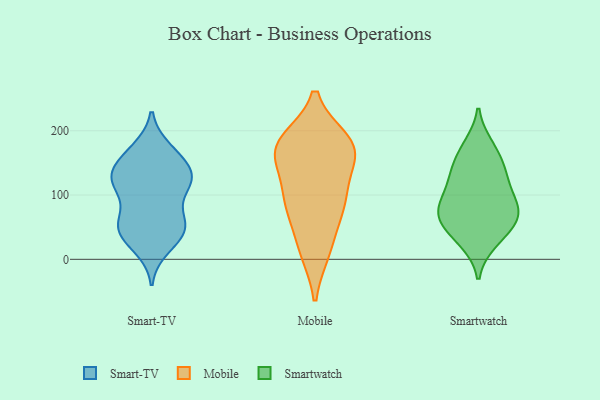
{"axis": {"x": "Bounce Rate (%)", "y": "Value"}, "legend": ["Mobile", "Smart-TV", "Smartwatch"], "data": [{"x": "", "y": 50, "type": "Smart-TV"}, {"x": "", "y": 112, "type": "Smart-TV"}, {"x": "", "y": 122, "type": "Smart-TV"}, {"x": "", "y": 111, "type": "Smart-TV"}, {"x": "", "y": 164, "type": "Smart-TV"}, {"x": "", "y": 127, "type": "Smart-TV"}, {"x": "", "y": 134, "type": "Smart-TV"}, {"x": "", "y": 44, "type": "Smart-TV"}, {"x": "", "y": 18, "type": "Smart-TV"}, {"x": "", "y": 47, "type": "Smart-TV"}, {"x": "", "y": 64, "type": "Smart-TV"}, {"x": "", "y": 163, "type": "Smart-TV"}, {"x": "", "y": 129, "type": "Smart-TV"}, {"x": "", "y": 52, "type": "Smart-TV"}, {"x": "", "y": 171, "type": "Smart-TV"}, {"x": "", "y": 63, "type": "Smart-TV"}, {"x": "", "y": 142, "type": "Smart-TV"}, {"x": "", "y": 30, "type": "Smart-TV"}, {"x": "", "y": 115, "type": "Smart-TV"}, {"x": "", "y": 87, "type": "Mobile"}, {"x": "", "y": 173, "type": "Mobile"}, {"x": "", "y": 84, "type": "Mobile"}, {"x": "", "y": 102, "type": "Mobile"}, {"x": "", "y": 170, "type": "Mobile"}, {"x": "", "y": 182, "type": "Mobile"}, {"x": "", "y": 172, "type": "Mobile"}, {"x": "", "y": 91, "type": "Mobile"}, {"x": "", "y": 167, "type": "Mobile"}, {"x": "", "y": 15, "type": "Mobile"}, {"x": "", "y": 169, "type": "Mobile"}, {"x": "", "y": 19, "type": "Mobile"}, {"x": "", "y": 100, "type": "Smartwatch"}, {"x": "", "y": 26, "type": "Smartwatch"}, {"x": "", "y": 67, "type": "Smartwatch"}, {"x": "", "y": 178, "type": "Smartwatch"}, {"x": "", "y": 104, "type": "Smartwatch"}, {"x": "", "y": 176, "type": "Smartwatch"}, {"x": "", "y": 59, "type": "Smartwatch"}, {"x": "", "y": 69, "type": "Smartwatch"}, {"x": "", "y": 129, "type": "Smartwatch"}, {"x": "", "y": 49, "type": "Smartwatch"}, {"x": "", "y": 58, "type": "Smartwatch"}, {"x": "", "y": 141, "type": "Smartwatch"}, {"x": "", "y": 136, "type": "Smartwatch"}, {"x": "", "y": 97, "type": "Smartwatch"}, {"x": "", "y": 26, "type": "Smartwatch"}, {"x": "", "y": 78, "type": "Smartwatch"}, {"x": "", "y": 77, "type": "Smartwatch"}, {"x": "", "y": 149, "type": "Smartwatch"}]}